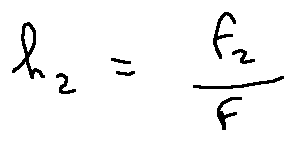
h _ { 2 } = \frac { f _ { 2 } } { f }